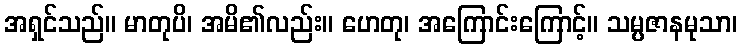
အရှင်သည်။ မာတုပိ၊ အမိ၏လည်း။ ဟေတု၊ အကြောင်းကြောင့်။ သမ္ပဇာနမုသာ၊